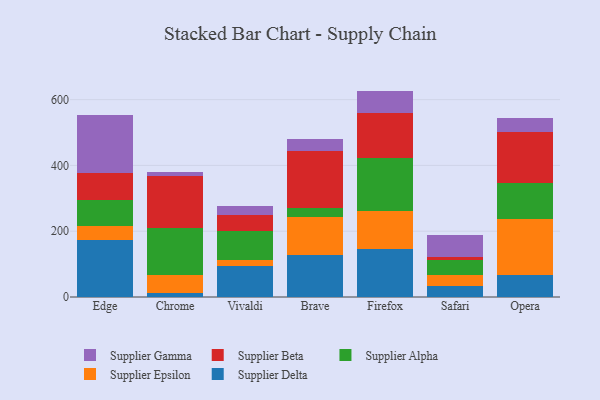
{"axis": {"x": "Browser", "y": "Headcount"}, "legend": ["Supplier Alpha", "Supplier Beta", "Supplier Delta", "Supplier Epsilon", "Supplier Gamma"], "data": [{"x": "Edge", "y": 173.9, "type": "Supplier Delta"}, {"x": "Edge", "y": 40.6, "type": "Supplier Epsilon"}, {"x": "Edge", "y": 79.3, "type": "Supplier Alpha"}, {"x": "Edge", "y": 82.5, "type": "Supplier Beta"}, {"x": "Edge", "y": 178.4, "type": "Supplier Gamma"}, {"x": "Chrome", "y": 12.4, "type": "Supplier Delta"}, {"x": "Chrome", "y": 54.3, "type": "Supplier Epsilon"}, {"x": "Chrome", "y": 142.1, "type": "Supplier Alpha"}, {"x": "Chrome", "y": 160.0, "type": "Supplier Beta"}, {"x": "Chrome", "y": 11.9, "type": "Supplier Gamma"}, {"x": "Vivaldi", "y": 93.6, "type": "Supplier Delta"}, {"x": "Vivaldi", "y": 20.4, "type": "Supplier Epsilon"}, {"x": "Vivaldi", "y": 87.3, "type": "Supplier Alpha"}, {"x": "Vivaldi", "y": 47.3, "type": "Supplier Beta"}, {"x": "Vivaldi", "y": 27.1, "type": "Supplier Gamma"}, {"x": "Brave", "y": 126.6, "type": "Supplier Delta"}, {"x": "Brave", "y": 117.6, "type": "Supplier Epsilon"}, {"x": "Brave", "y": 27.6, "type": "Supplier Alpha"}, {"x": "Brave", "y": 171.7, "type": "Supplier Beta"}, {"x": "Brave", "y": 36.2, "type": "Supplier Gamma"}, {"x": "Firefox", "y": 145.5, "type": "Supplier Delta"}, {"x": "Firefox", "y": 114.6, "type": "Supplier Epsilon"}, {"x": "Firefox", "y": 162.5, "type": "Supplier Alpha"}, {"x": "Firefox", "y": 135.6, "type": "Supplier Beta"}, {"x": "Firefox", "y": 68.5, "type": "Supplier Gamma"}, {"x": "Safari", "y": 33.8, "type": "Supplier Delta"}, {"x": "Safari", "y": 33.7, "type": "Supplier Epsilon"}, {"x": "Safari", "y": 45.4, "type": "Supplier Alpha"}, {"x": "Safari", "y": 10.1, "type": "Supplier Beta"}, {"x": "Safari", "y": 66.5, "type": "Supplier Gamma"}, {"x": "Opera", "y": 68.0, "type": "Supplier Delta"}, {"x": "Opera", "y": 169.7, "type": "Supplier Epsilon"}, {"x": "Opera", "y": 109.3, "type": "Supplier Alpha"}, {"x": "Opera", "y": 153.5, "type": "Supplier Beta"}, {"x": "Opera", "y": 43.1, "type": "Supplier Gamma"}]}